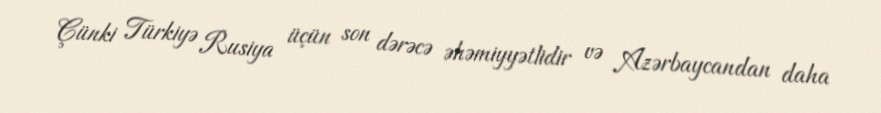
Çünki Türkiyə Rusiya üçün son dərəcə əhəmiyyətlidir və Azərbaycandan daha